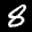
Label: 8